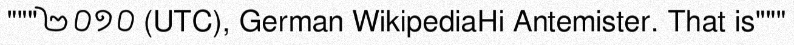
"""២០១០ (UTC), German WikipediaHi Antemister. That is"""